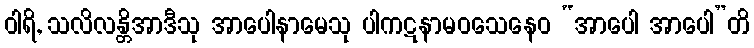
ဝါရိ, သလိလန္တိအာဒီသု အာပေါနာမေသု ပါကဋနာမဝသေနေဝ “အာပေါ အာပေါ”တိ